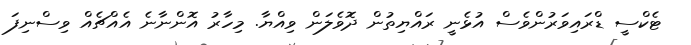
ޓެކްސީ ޑްރައިވަރުންވެސް އުޅެނީ ރައްޔިތުން ދޮވެލަން ވިއްޔާ. މިހާރު އޮންނާނެ އެއްޗެއް ވިސްނިފަ